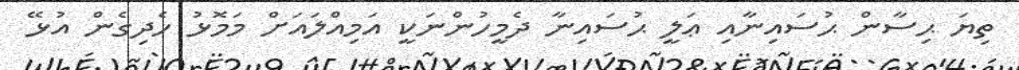
ތިޔަ ޙިސާން ޙުސައިނާއި ޢަލީ ޙުސައިނާ ދެމީހުންނަކީ އަމިއްލައަށް މަމޮޅު ހެދިގެން އުޅޭ